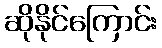
ဆိုနိုင်ကြောင်း